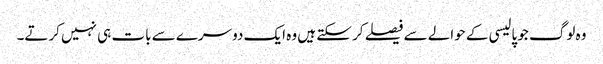
وہ لوگ جو پالیسی کے حوالے سے فیصلے کر سکتے ہیں وہ ایک دوسرے سے بات ہی نہیں کرتے۔